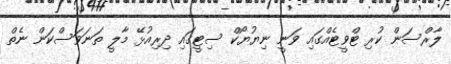
ލާރްސަން ކުރި ޓްވީޓެއްގައި ވަނީ ނިޔުޔޯކް ސިޓީގައި ދިރިއުޅޭ މާލީ ތަނަވަސްކަން ނެތް